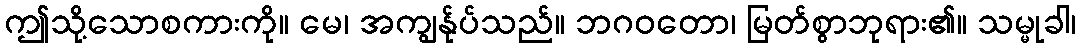
ဤသို့သောစကားကို။ မေ၊ အကျွန်ုပ်သည်။ ဘဂဝတော၊ မြတ်စွာဘုရား၏။ သမ္မုခါ၊